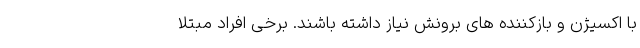
با اکسیژن و بازکننده های برونش نیاز داشته باشند. برخی افراد مبتلا